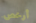
أرخص